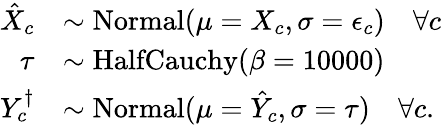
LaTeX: \begin{array}{rl}{\hat{X}_{c}}&{\sim\mathrm{Normal}(\mu=X_{c},\sigma=\epsilon_{c})\quad\forall c}\\ {\tau}&{\sim\mathrm{HalfCauchy}(\beta=10000)}\\ {Y_{c}^{\dagger}}&{\sim\mathrm{Normal}(\mu=\hat{Y}_{c},\sigma=\tau)\quad\forall c.}\end{array}